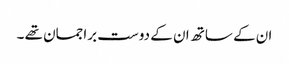
ان کے ساتھ ان کے دوست براجمان تھے ۔